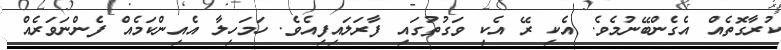
ކުރާގޮތެއް އެގެންބޭނުމެވެ. އެކި ރޭ އެކި ވަގުތުގައި ފާރަލައިފިއެވެ. ހަމަހިލާ އެއިންކަމެއް ފެންނަވަރެއް